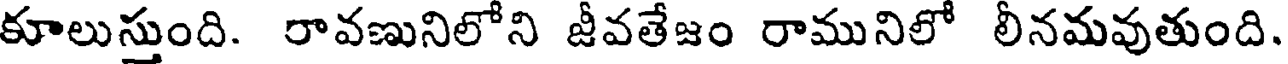
కూలుస్తుంది. రావణునిలోని జీవతేజం రామునిలో లీనమవుతుంది.